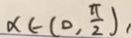
x \in ( 0 , \frac { \pi } { 2 } ) ,